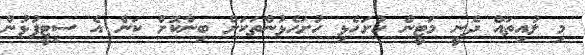
މި ލުއިތައް ދެނީ މަޓީން ހުށަހެޅި ހުށަހެޅުންތަކަށް ބިނާކޮށް ކަން އެ ސިޓީފުޅުން